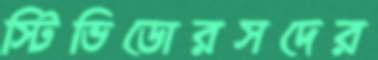
স্টিভিডোরসদের